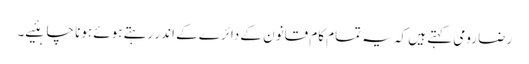
رضا رومی کہتے ہیں کہ یہ تمام کام قانون کے دائرے کے اندر رہتے ہوئے ہونا چاہئیے۔